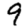
Digit: 9